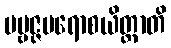
ပဗ္ဗဇ္ဇမရောစယိတ္ထာတိ